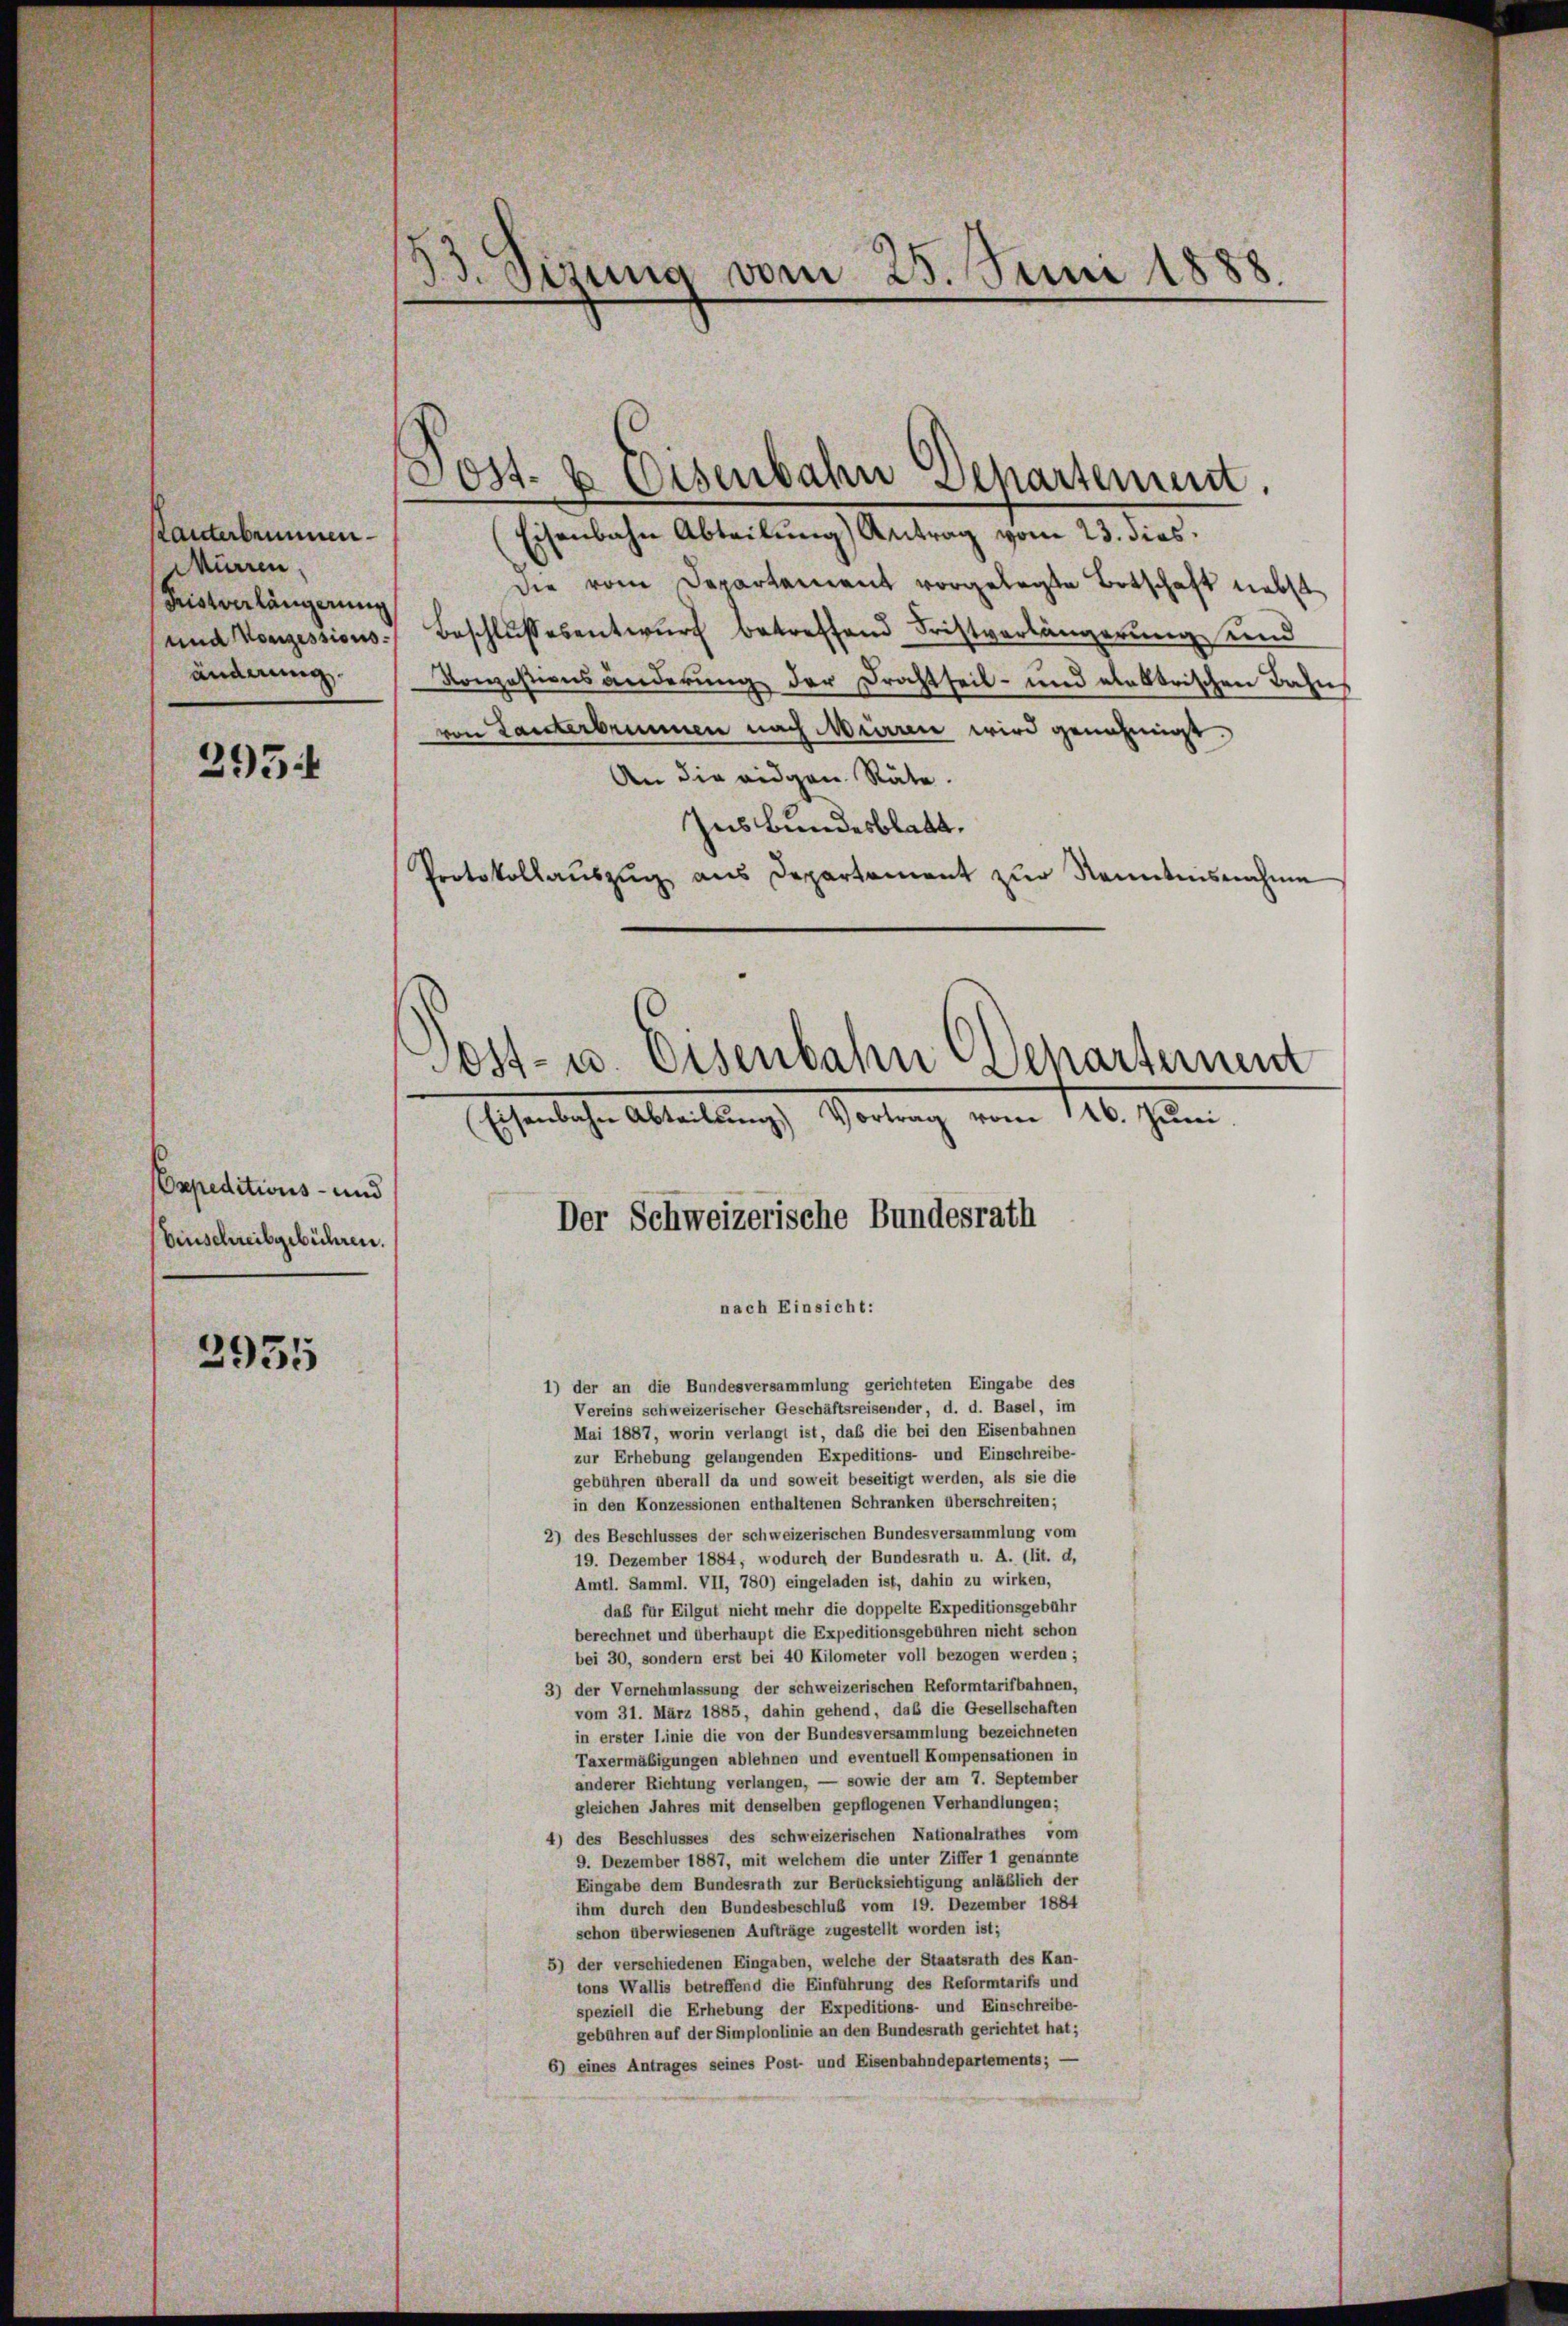
anterbemmen
Mürren
Tristverlängerung
und Konzessionsänderung

295.

Oepeditions- und
(Einschreibgebühren.

2935

Sizung vom 25. Juni 1888.

Eisenbahn Abteilŭng Antrag vom 23. dies
die vom Departement vorgelegte Botschaft nebst
 Beschlŭssesentwŭrf betreffend Fristverlängerŭng und
Konzessionsänderung der Drachtheil- und elektrischen Bahn
von Lanterbrunnen nach Mürren wird genehmigt.
An die eidgen. Räte.
Ins Bundesblatt.
Portokollaŭszŭg ans Departement zŭr Kenntnisnahme
Post- u. Eisenbahn Departement
Eisenbahn Abteilŭng Vortrag vom 146. Juni.
Der Schweizerische Bundesrath

(Post- u Eisenbahn Departement.

nach Einsicht:
1) der an die Bundesversammlung gerichteten Eingabe des
Vereins schweizerischer Geschäftsreisender, d. d. Basel, im
Mai 1887, worin verlangt ist, daß die bei den Eisenbahnen
zur Erhebung gelangenden Expeditions- und Einschreibe-
gebühren überall da und soweit beseitigt werden, als sie die
in den Konzessionen enthaltenen Schranken überschreiten;
2) des Beschlusses der schweizerischen Bundesversammlung vom
19. Dezember 1884, wodurch der Bundesrath u. A. (lit. d,
Amtl. Samml. VII, 780) eingeladen ist, dahin zu wirken,
das für Eilgut nicht mehr die doppelte Expeditionsgebühr
berechnet und überhaupt die Expeditionsgebühren nicht schon
bei 30, sondern erst bei 40 Kilometer voll bezogen werden;
3) der Vernehmlassung der schweizerischen Reformtarifbahnen,
vom 31. März 1885, dahin gehend, daß die Gesellschaften
in erster Linie die von der Bundesversammlung bezeichneten
Taxermäßigungen ablehnen und eventuell Kompensationen in
anderer Richtung verlangen, — sowie der am 7. September
gleichen Jahres mit denselben gepflogenen Verhandlungen;
4) des Beschlusses des schweizerischen Nationalrathes vom
9. Dezember 1887, mit welchem die unter Ziffer 1 genannte
Eingabe dem Bundesrath zur Berücksichtigung anläßlich der
ihm durch den Bundesbeschluß vom 19. Dezember 1884
schon überwiesenen Aufträge zugestellt worden ist;
5) der verschiedenen Eingaben, welche der Staatsrath des Kan-
tons Wallis betreffend die Einführung des Reformtarifs und
speziell die Erhebung der Expeditions- und Einschreibe-
gebühren auf der Simplonlinie an den Bundesrath gerichtet hat;
6) eines Antrages seines Post- und Eisenbahndepartements; -